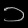
Digit: ၁